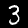
Digit: 3